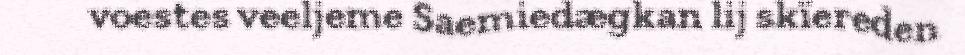
voestes veeljeme Saemiedægkan lij skïereden